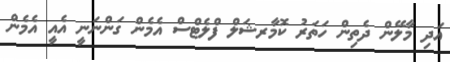
އަދި މާލޭން ދެތިން ހަތަރު ކޮމާރޝަލް ފްލެޓްސް އެމެން ގަންނަނީ އެއީ އެމެން